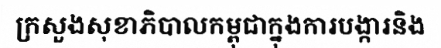
ក្រសួងសុខាភិបាលកម្ពុជាក្នុងការបង្ការនិង